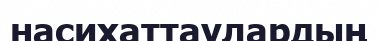
насихаттаулардың